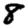
Digit: 8